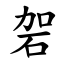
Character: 䂟